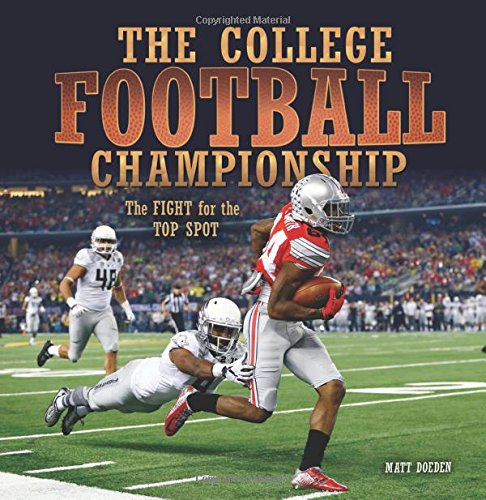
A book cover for The College Football Championship: The Fight for the Top Spot (Spectacular Sports); Matt Doeden; Teen & Young Adult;